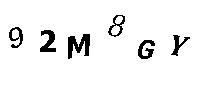
92M8GY